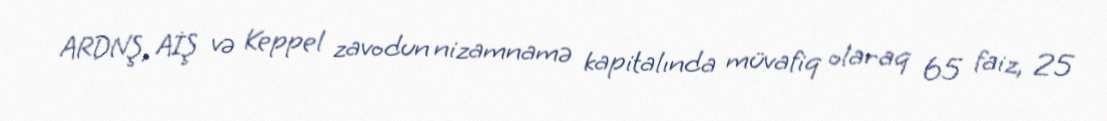
ARDNŞ, AİŞ və Keppel zavodun nizamnamə kapitalında müvafiq olaraq 65 faiz, 25